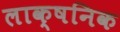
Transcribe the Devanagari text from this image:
लाक्षनिक